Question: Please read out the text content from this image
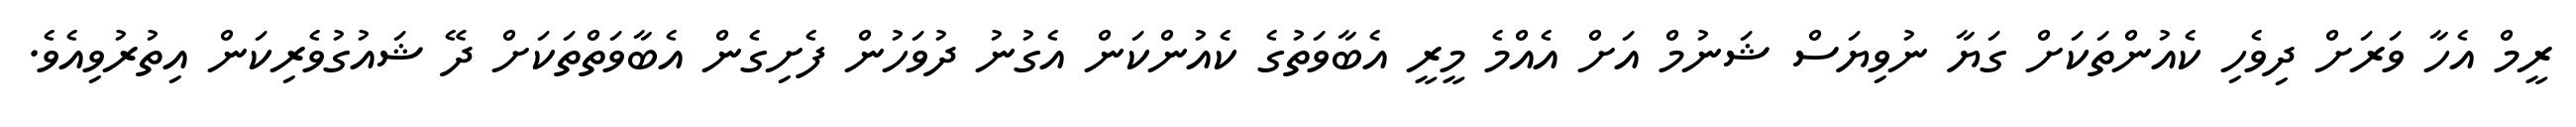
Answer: ރީމް އެހާ ވަރަށް ދިވެހި ކެއުންތަކަށް ގަޔާ ނުވިޔަސް ޝަނުމް އަށް އެއްމެ މީރީ އެބާވަތުގެ ކެއުންކަން އެގުނު ދުވަހުން ފެށިގެން އެބާވަތްތަކަށް ދޭ ޝައުގުވެރިކަން އިތުރުވިއެވެ.